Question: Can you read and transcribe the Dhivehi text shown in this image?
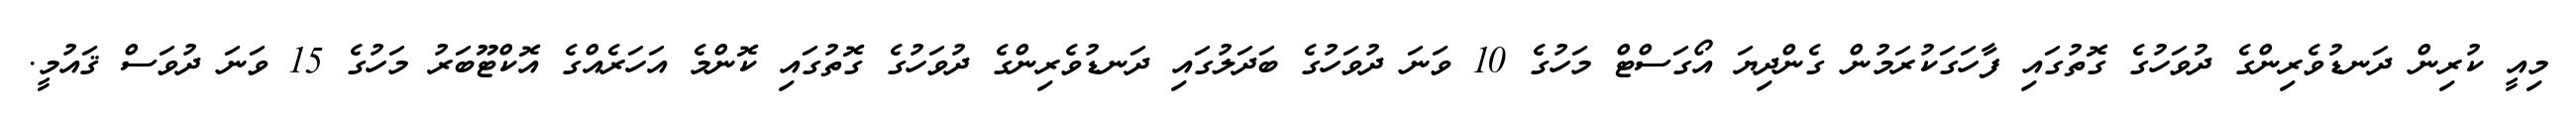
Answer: މިއީ ކުރިން ދަނޑުވެރިންގެ ދުވަހުގެ ގޮތުގައި ފާހަގަކުރަމުން ގެންދިޔަ އޯގަސްޓް މަހުގެ 10 ވަނަ ދުވަހުގެ ބަދަލުގައި ދަނޑުވެރިންގެ ދުވަހުގެ ގޮތުގައި ކޮންމެ އަހަރެއްގެ އޮކްޓޫބަރު މަހުގެ 15 ވަނަ ދުވަސް ޤައުމީ.